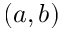
( a , b )